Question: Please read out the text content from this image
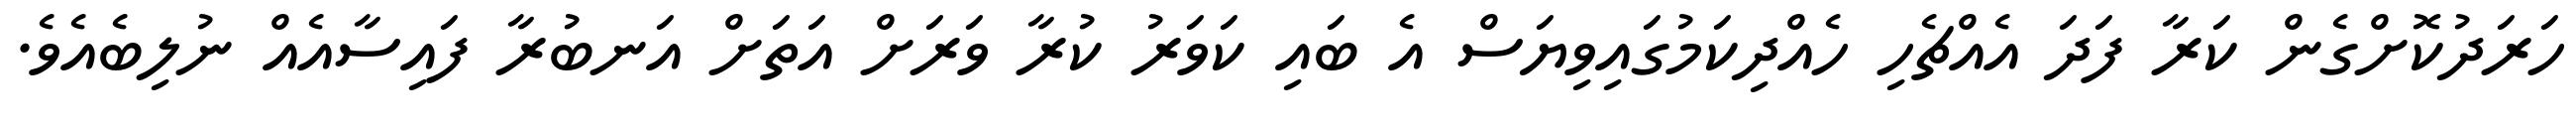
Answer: ހަރަދުކޮށްގެން ކަރާ ފަދަ އެއްޗެހި ހެއްދިކަމުގައިވިޔަސް އެ ބައި ކަވަރު ކުރާ ވަރަށް އަތަށް އަނބުރާ ފައިސާއެއް ނުލިބެއެވެ.